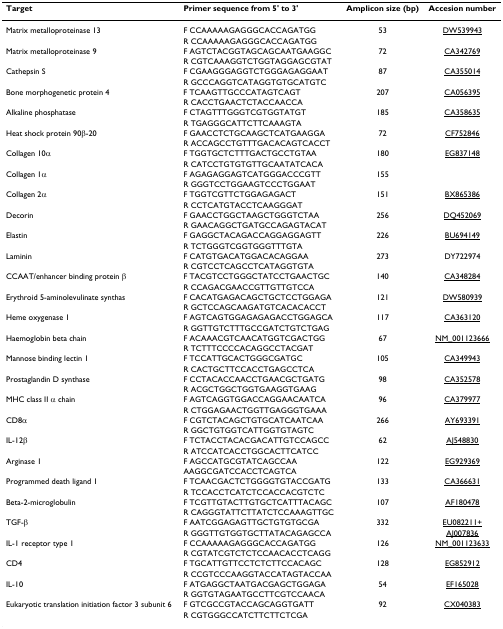
<table><thead><tr><td><b>Target</b></td><td><b>Primer sequence from 5&#x27; to 3&#x27;</b></td><td><b>Amplicon size (bp)</b></td><td><b>Accesion number</b></td></tr></thead><tbody><tr><td>Matrix metalloproteinase 13</td><td>F CCAAAAAGAGGGCACCAGATGG</td><td>53</td><td><underline>DW539943</underline></td></tr><tr><td></td><td>R CCAAAAAGAGGGCACCAGATGG</td><td></td><td></td></tr><tr><td>Matrix metalloproteinase 9</td><td>F AGTCTACGGTAGCAGCAATGAAGGC</td><td>72</td><td><underline>CA342769</underline></td></tr><tr><td></td><td>R CGTCAAAGGTCTGGTAGGAGCGTAT</td><td></td><td></td></tr><tr><td>Cathepsin S</td><td>F CGAAGGGAGGTCTGGGAGAGGAAT</td><td>87</td><td><underline>CA355014</underline></td></tr><tr><td></td><td>R GCCCAGGTCATAGGTGTGCATGTC</td><td></td><td></td></tr><tr><td>Bone morphogenetic protein 4</td><td>F TCAAGTTGCCCATAGTCAGT</td><td>207</td><td><underline>CA056395</underline></td></tr><tr><td></td><td>R CACCTGAACTCTACCAACCA</td><td></td><td></td></tr><tr><td>Alkaline phosphatase</td><td>F CTAGTTTGGGTCGTGGTATGT</td><td>185</td><td><underline>CA358635</underline></td></tr><tr><td></td><td>R TGAGGGCATTCTTCAAAGTA</td><td></td><td></td></tr><tr><td>Heat shock protein 90β-20</td><td>F GAACCTCTGCAAGCTCATGAAGGA</td><td>72</td><td><underline>CF752846</underline></td></tr><tr><td></td><td>R ACCAGCCTGTTTGACACAGTCACCT</td><td></td><td></td></tr><tr><td>Collagen 10α</td><td>F TGGTGCTCTTTGACTGCCTGTAA</td><td>180</td><td><underline>EG837148</underline></td></tr><tr><td></td><td>R CATCCTGTGTGTTGCAATATCACA</td><td></td><td></td></tr><tr><td>Collagen 1α</td><td>F AGAGAGGAGTCATGGGACCCGTT</td><td>155</td><td></td></tr><tr><td></td><td>R GGGTCCTGGAAGTCCCTGGAAT</td><td></td><td></td></tr><tr><td>Collagen 2α</td><td>F TGGTCGTTCTGGAGAGACT</td><td>151</td><td><underline>BX865386</underline></td></tr><tr><td></td><td>R CCTCATGTACCTCAAGGGAT</td><td></td><td></td></tr><tr><td>Decorin</td><td>F GAACCTGGCTAAGCTGGGTCTAA</td><td>256</td><td><underline>DQ452069</underline></td></tr><tr><td></td><td>R GAACAGGCTGATGCCAGAGTACAT</td><td></td><td></td></tr><tr><td>Elastin</td><td>F GAGGCTACAGACCAGGAGGAGTT</td><td>226</td><td><underline>BU694149</underline></td></tr><tr><td></td><td>R TCTGGGTCGGTGGGTTTGTA</td><td></td><td></td></tr><tr><td>Laminin</td><td>F CATGTGACATGGACACAGGAA</td><td>273</td><td>DY722974</td></tr><tr><td></td><td>R CGTCCTCAGCCTCATAGGTGTA</td><td></td><td></td></tr><tr><td>CCAAT/enhancer binding protein β</td><td>F TACGTCCTGGGCTATCCTGAACTGC</td><td>140</td><td><underline>CA348284</underline></td></tr><tr><td></td><td>R CCAGACGAACCGTTGTTGTCCA</td><td></td><td></td></tr><tr><td>Erythroid 5-aminolevulinate synthas</td><td>F CACATGAGACAGCTGCTCCTGGAGA</td><td>121</td><td><underline>DW580939</underline></td></tr><tr><td></td><td>R GCTCCAGCAAGATGTCACACACCT</td><td></td><td></td></tr><tr><td>Heme oxygenase 1</td><td>F AGTCAGTGGAGAGAGACCTGGAGCA</td><td>117</td><td><underline>CA363120</underline></td></tr><tr><td></td><td>R GGTTGTCTTTGCCGATCTGTCTGAG</td><td></td><td></td></tr><tr><td>Haemoglobin beta chain</td><td>F ACAAACGTCAACATGGTCGACTGG</td><td>67</td><td><underline>NM_001123666</underline></td></tr><tr><td></td><td>R TCTTTCCCCACAGGCCTACGAT</td><td></td><td></td></tr><tr><td>Mannose binding lectin 1</td><td>F TCCATTGCACTGGGCGATGC</td><td>105</td><td><underline>CA349943</underline></td></tr><tr><td></td><td>R CACTGCTTCCACCTGAGCCTCA</td><td></td><td></td></tr><tr><td>Prostaglandin D synthase</td><td>F CCTACACCAACCTGAACGCTGATG</td><td>98</td><td><underline>CA352578</underline></td></tr><tr><td></td><td>R ACGCTGGCTGGTGAAGGTGAAG</td><td></td><td></td></tr><tr><td>MHC class II α chain</td><td>F AGTCAGGTGGACCAGGAACAATCA</td><td>96</td><td><underline>CA379977</underline></td></tr><tr><td></td><td>R CTGGAGAACTGGTTGAGGGTGAAA</td><td></td><td></td></tr><tr><td>CD8α</td><td>F CGTCTACAGCTGTGCATCAATCAA</td><td>266</td><td><underline>AY693391</underline></td></tr><tr><td></td><td>R GGCTGTGGTCATTGGTGTAGTC</td><td></td><td></td></tr><tr><td>IL-12β</td><td>F TCTACCTACACGACATTGTCCAGCC</td><td>62</td><td><underline>AJ548830</underline></td></tr><tr><td></td><td>R ATCCATCACCTGGCACTTCATCC</td><td></td><td></td></tr><tr><td>Arginase 1</td><td>F AGCCATGCGTATCAGCCAA</td><td>122</td><td><underline>EG929369</underline></td></tr><tr><td></td><td>AAGGCGATCCACCTCAGTCA</td><td></td><td></td></tr><tr><td>Programmed death ligand 1</td><td>F TCAACGACTCTGGGGTGTACCGATG</td><td>133</td><td><underline>CA366631</underline></td></tr><tr><td></td><td>R TCCACCTCATCTCCACCACGTCTC</td><td></td><td></td></tr><tr><td>Beta-2-microglobulin</td><td>F TCGTTGTACTTGTGCTCATTTACAGC</td><td>107</td><td><underline>AF180478</underline></td></tr><tr><td></td><td>R CAGGGTATTCTTATCTCCAAAGTTGC</td><td></td><td></td></tr><tr><td>TGF-β</td><td>F AATCGGAGAGTTGCTGTGTGCGA</td><td>332</td><td><underline>EU082211+</underline></td></tr><tr><td></td><td>R GGGTTGTGGTGCTTATACAGAGCCA</td><td></td><td><underline>AJ007836</underline></td></tr><tr><td>IL-1 receptor type 1</td><td>F CCAAAAAGAGGGCACCAGATGG</td><td>126</td><td><underline>NM_001123633</underline></td></tr><tr><td></td><td>R CGTATCGTCTCTCCAACACCTCAGG</td><td></td><td></td></tr><tr><td>CD4</td><td>F TGCATTGTTCCTCTCTTCCACAGC</td><td>128</td><td><underline>EG852912</underline></td></tr><tr><td></td><td>R CCGTCCCAAGGTACCATAGTACCAA</td><td></td><td></td></tr><tr><td>IL-10</td><td>F ATGAGGCTAATGACGAGCTGGAGA</td><td>54</td><td><underline>EF165028</underline></td></tr><tr><td></td><td>R GGTGTAGAATGCCTTCGTCCAACA</td><td></td><td></td></tr><tr><td>Eukaryotic translation initiation factor 3 subunit 6</td><td>F GTCGCCGTACCAGCAGGTGATT</td><td>92</td><td><underline>CX040383</underline></td></tr><tr><td></td><td>R CGTGGGCCATCTTCTTCTCGA</td><td></td><td></td></tr></tbody></table>